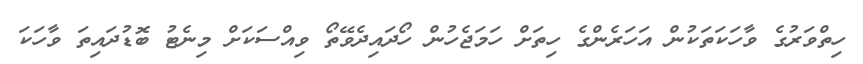
ހިތްވަރުގެ ވާހަކަތަކުން އަހަރެންގެ ހިތަށް ހަމަޖެހުން ހޯދައިދެވޭތޯ ވިއްސަކަށް މިނެޓު ބޮޑުދައިތަ ވާހަކަ